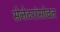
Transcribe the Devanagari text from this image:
सेनेटरांसोबत